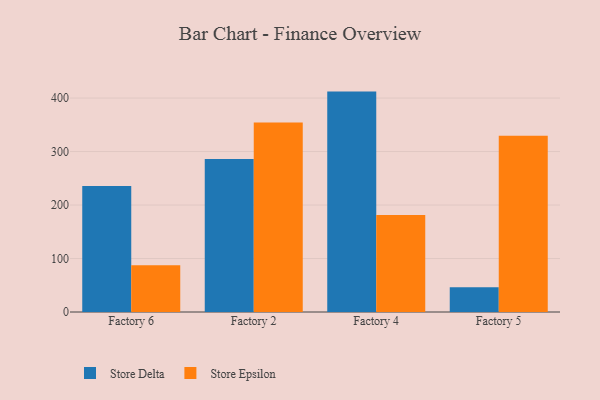
{"axis": {"x": "Factory", "y": "Budget (USD K)"}, "legend": ["Store Delta", "Store Epsilon"], "data": [{"x": "Factory 6", "y": 235.6, "type": "Store Delta"}, {"x": "Factory 6", "y": 87.4, "type": "Store Epsilon"}, {"x": "Factory 2", "y": 286.1, "type": "Store Delta"}, {"x": "Factory 2", "y": 354.4, "type": "Store Epsilon"}, {"x": "Factory 4", "y": 412.1, "type": "Store Delta"}, {"x": "Factory 4", "y": 181.6, "type": "Store Epsilon"}, {"x": "Factory 5", "y": 46.3, "type": "Store Delta"}, {"x": "Factory 5", "y": 329.6, "type": "Store Epsilon"}]}